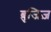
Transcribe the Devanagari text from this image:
ब्रुजिज़